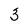
Character: 3